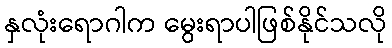
နှလုံးရောဂါက မွေးရာပါဖြစ်နိုင်သလို